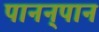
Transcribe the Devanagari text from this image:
पानन्‌पान